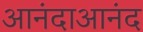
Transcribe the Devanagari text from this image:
आनंदाआनंद